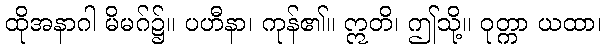
ထိုအနာဂါ မိမဂ်၌။ ပဟီနာ၊ ကုန်၏။ ဣတိ၊ ဤသို့။ ဝုတ္ကာ ယထာ၊